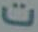
ت